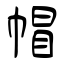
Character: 帽